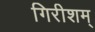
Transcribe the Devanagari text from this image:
गिरीशम्